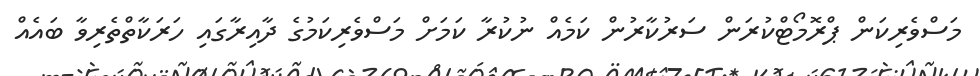
މަސްވެރިކަން ޕްރޮމޯޓްކުރަން ސަރުކާރުން ކަމެއް ނުކުރާ ކަމަށް މަސްވެރިކަމުގެ ދާއިރާގައި ހަރަކާތްތެރިވާ ބައެއް